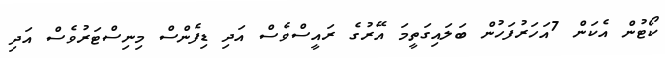
ކޯޓުން އެކަން 7އަހަރުފަހުން ބަލައިގަތީމަ އޭރުގެ ރައީސްވެސް އަދި ޑިފެންސް މިނިސްޓަރުވެސް އަދި